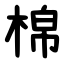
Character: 棉